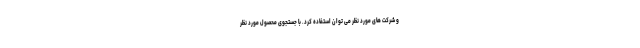
و شرکت های مورد نظر می توان استفاده کرد. با جستجوی محصول مورد نظر